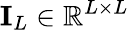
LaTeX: \textbf{I}_{L}\in\mathbb{R}^{L\times L}